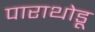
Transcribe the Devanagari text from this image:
पाराथोडू